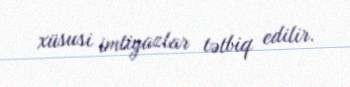
xüsusi imtiyazlar tətbiq edilir.